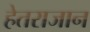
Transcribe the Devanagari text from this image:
हेतराजान